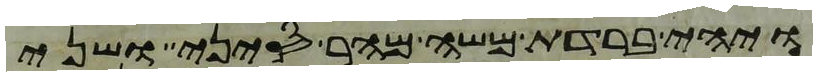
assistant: ויהי ברדת משה מהר סיני ושני